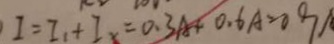
I = I _ { 1 } + I _ { x } = 0 . 3 A + 0 . 6 A = 0 9